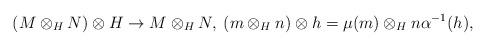
LaTeX: \begin{align*}(M\otimes_H N)\otimes H\to M\otimes_H N,\: (m\otimes_H n)\otimes h=\mu(m)\otimes_H n\alpha^{-1}(h), \end{align*}